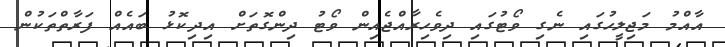
އާއްމު މަޖިލީހުގައި ނެގި ވޯޓުގައި ދިވެހިރާއްޖެއިން ވޯޓު ދިންގޮތަށް އިދިކޮޅު ބައެއް ފަރާތްތަކުން